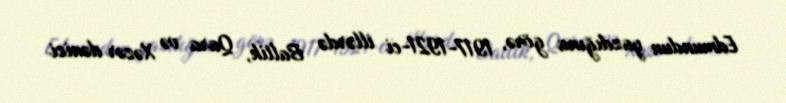
Edmundun yazdığına görə, 1917-1921-ci illərdə Baltik, Qara və Xəzər dənizi